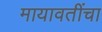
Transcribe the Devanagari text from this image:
मायावतींचा